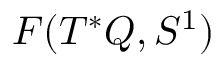
{ \cal F } ( T ^ { * } Q , S ^ { 1 } )